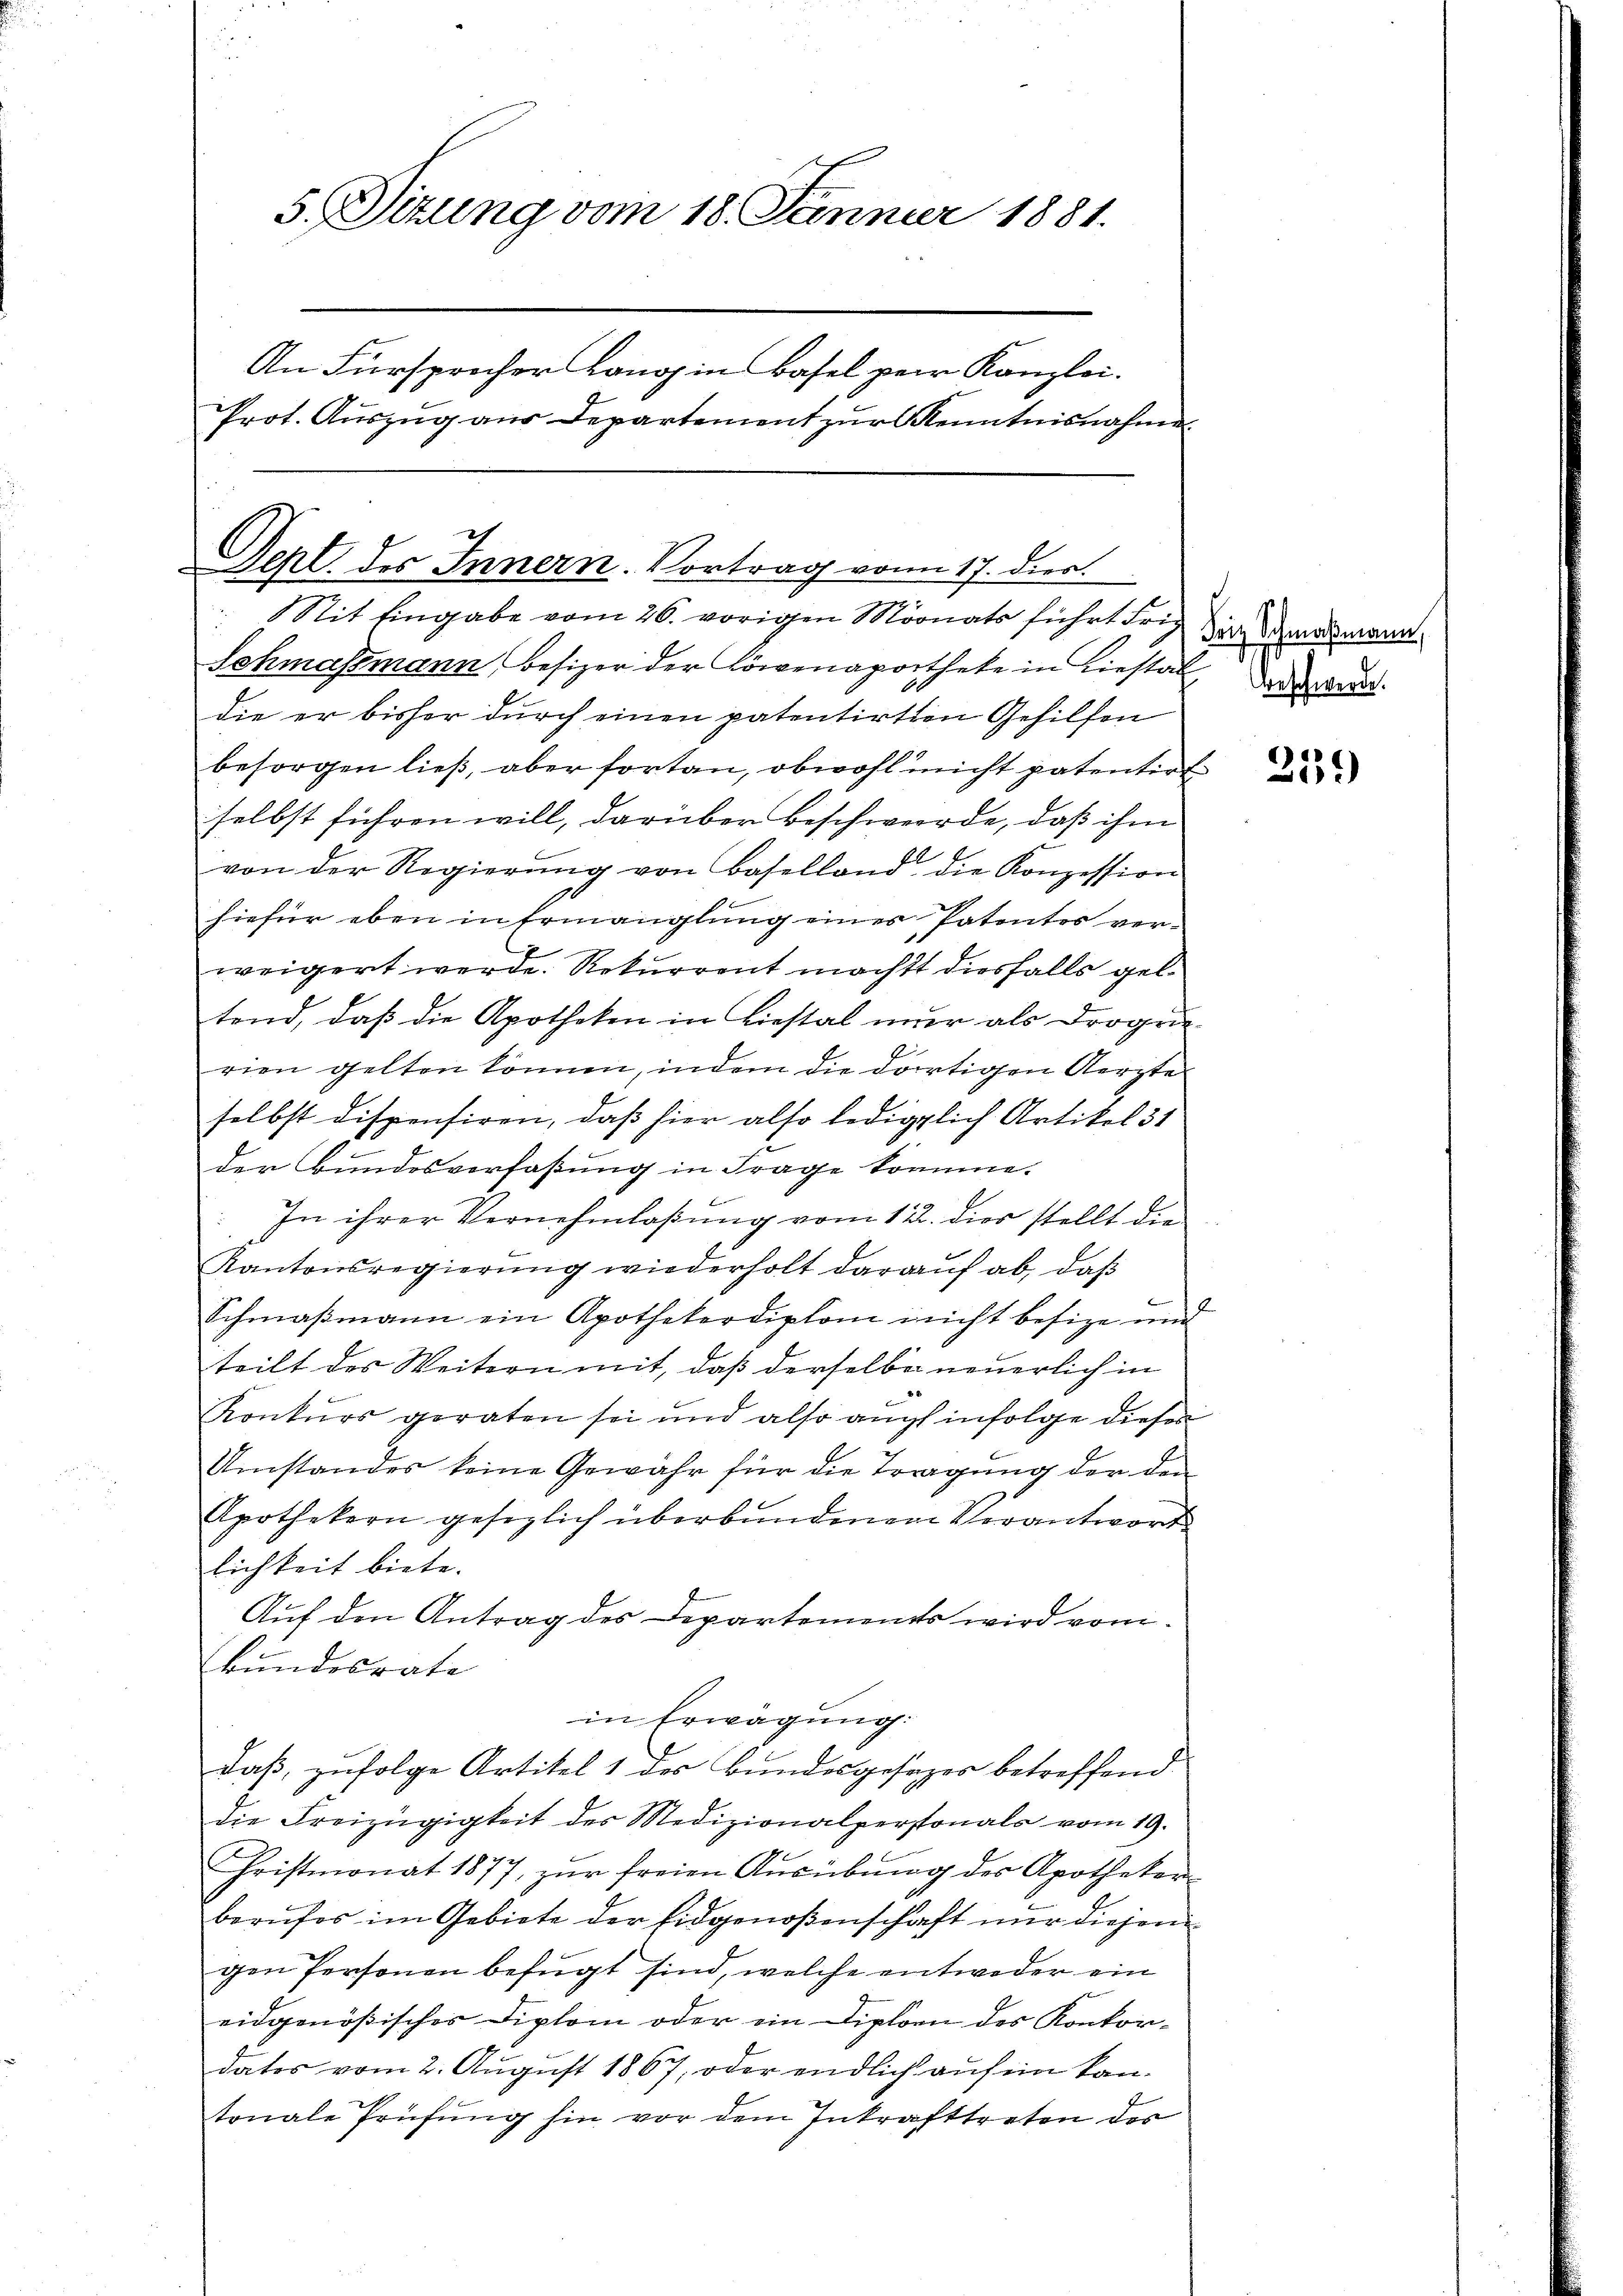
5. Sitzung vom 18. Jänner 1881.
An Fürsprecher Lanos in Basel per Kanzlei.
Prot. Auszug aus Departement zur Kenntnisnahme

Sept. des Innern. Vortrag vom 17. dier.
g
Sit Eingabe vom 26. vorigen Monats führt Fri

Schmassmann, Besizer der Löwenaporthete in Liestal
die er bisher durch einen patentirten Gehilfen
besorgen ließ, aber fortan, obwohl nicht patentirt
selbst führen will, darüber Beschwerde, daß ihm
von der Regierŭng von Baselland, die Konzession
hiefür eben in Ermanglung eines Patentes verweigert werde. Rekurrent machtt diesfalls geltend, daß die Apotheken in Liestal nur als Drogue
rien gelten können, indem die dortigen Aerzte
selbst dispensiren, daß hier also lediglich Artikel 31
der Bundesverfaßung in Frage komme.
In ihrer Vernehmlassung vom 12. dies stellt die
Kantonsregierŭng wiederholt darauf ab, daß
Schmaßmann ein Apothekerdiplom nicht besize und
teilt des Weitern mit, daß derselbe neuerlich in
Konkurs geraten sei und also auch infolge diesen
Umstandes keine Gewahr für die Tragung der den
Apothekern gesezlich überbundenen Verantwort
lichkeit biete.
Auf den Antrag des Departements wird vom
Bundesrate
in Erwägung:
daß, zufolge Artikel 1 des Bundesgesezes betreffend
die Freizügigkeit des Medizionalpersonals vom 19.
Fristmonat 1877, zŭr freien Aŭsübŭng des Apotheker-
berufes im Gebiete der Eidgenoßenschaft nur diejen
gen Personen befugt sind, welche entweder ein
eidgenößisches Diplom oder ein Diplom des Konkordatos vom 2. August 1867; oder endlich auf ein kantonale Prüfung hin vor dem Inkrafttreten der

Friz Schmaßmann,
Sieschwerde.

239)